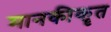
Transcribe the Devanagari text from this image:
मानकीकॄत